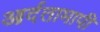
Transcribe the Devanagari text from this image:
आर्दतामापी